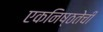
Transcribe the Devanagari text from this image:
एकनिष्ठतेची